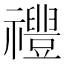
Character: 𱵷